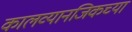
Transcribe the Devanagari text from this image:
कालव्यानजिकच्या